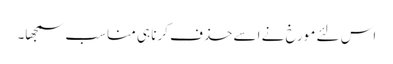
اس لئے مورخ نے اسے حذف کرنا ہی مناسب سمجھا۔